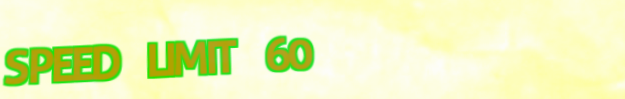
SPEED LIMIT 60